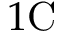
1 \mathrm { C }